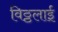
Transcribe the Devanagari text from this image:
विठ्ठलाई